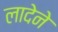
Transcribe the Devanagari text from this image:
लादेने